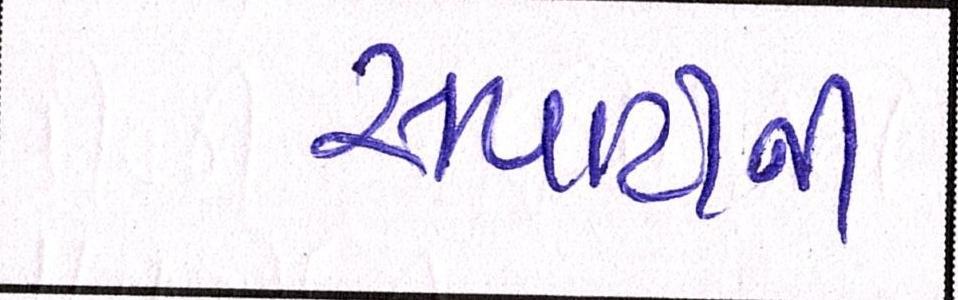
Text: સપાટીની